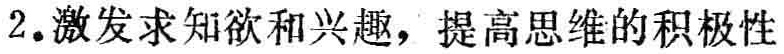
2. 激发求知欲和兴趣，提高思维的积极性